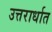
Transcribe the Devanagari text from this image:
उत्तरार्धात